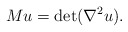
\begin{align*}Mu = \det (\nabla ^2 u).\end{align*}